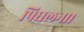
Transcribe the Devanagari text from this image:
पिघलना।